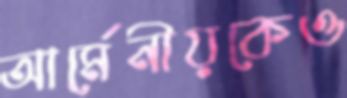
আর্মেনীয়কেও